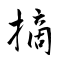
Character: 摘